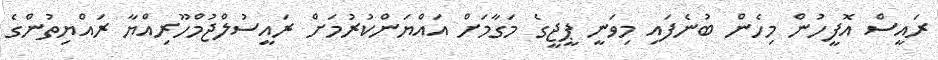
ރައީސް އޮފީހުން މިހެން ބުނެފައި މިވަނީ ޕީޖީގެ މަގާމަށް އައްޔަންކުރުމަށް ރައީސުލްޖުމްހޫރިއްޔާ ރައްޔިތުންގެ